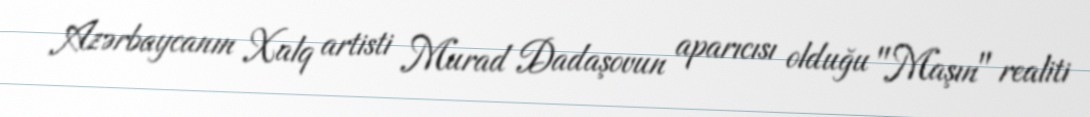
Azərbaycanın Xalq artisti Murad Dadaşovun aparıcısı olduğu "Maşın" realiti